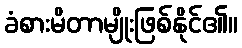
ခံစားမိတာမျိုးဖြစ်နိုင်၏။